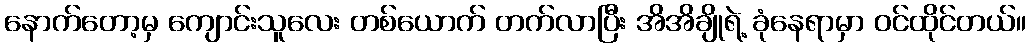
နောက်တော့မှ ကျောင်းသူလေး တစ်ယောက် တက်လာပြီး အိအိချိုရဲ့ ခုံနေရာမှာ ဝင်ထိုင်တယ်။